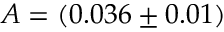
A = ( 0 . 0 3 6 \pm 0 . 0 1 )